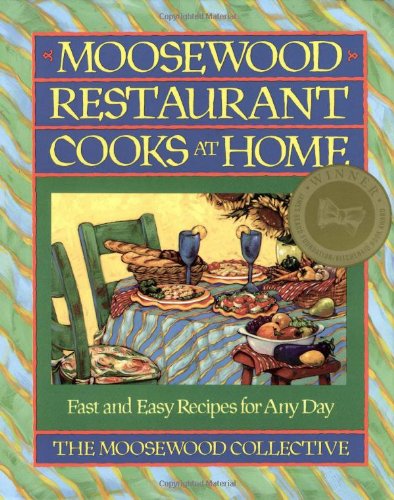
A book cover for Moosewood Restaurant Cooks at Home: Fast and Easy Recipes for Any Day; Moosewood Collective; Cookbooks, Food & Wine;